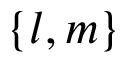
\{ l , m \}